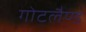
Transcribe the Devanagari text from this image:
गोटलैण्ड